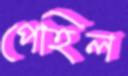
পেহিল